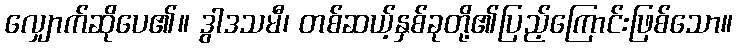
လျှောက်ဆိုပေ၏။ ဒွါဒသမီ၊ တစ်ဆယ့်နှစ်ခုတို့၏ပြည့်ကြောင်းဖြစ်သော။